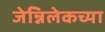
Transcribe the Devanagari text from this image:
जेन्निलेकच्या